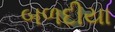
બળદીયા